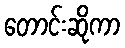
တောင်းဆိုကာ